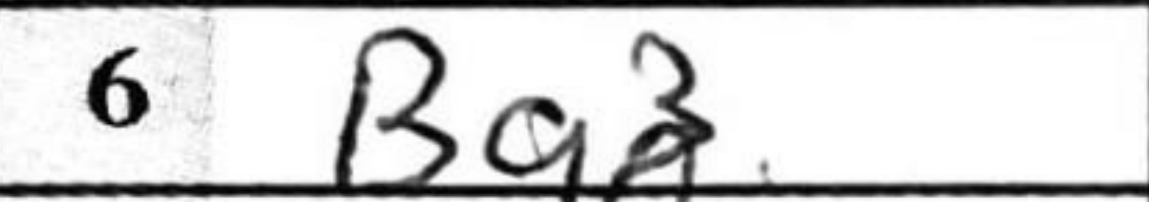
Transcription: Bg3